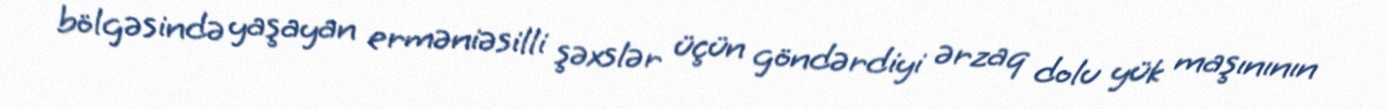
bölgəsində yaşayan erməniəsilli şəxslər üçün göndərdiyi ərzaq dolu yük maşınının